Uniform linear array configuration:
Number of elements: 32
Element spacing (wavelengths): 0.5
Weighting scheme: exponential
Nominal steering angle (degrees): -15
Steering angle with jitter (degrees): -14.771
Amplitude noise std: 0.05
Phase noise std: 0.05

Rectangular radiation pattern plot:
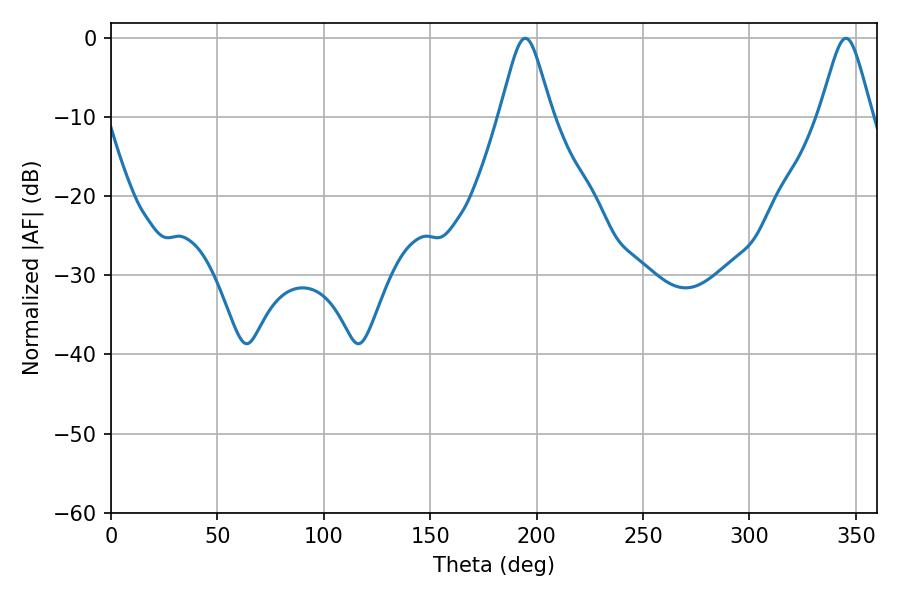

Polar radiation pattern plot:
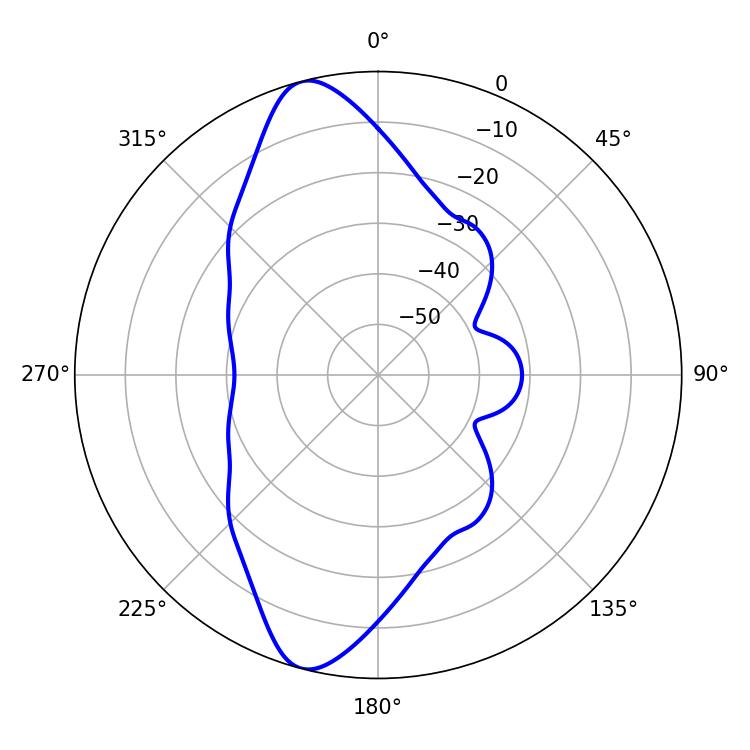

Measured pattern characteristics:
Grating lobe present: FALSE
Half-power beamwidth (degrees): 11.88
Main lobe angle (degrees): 194.58